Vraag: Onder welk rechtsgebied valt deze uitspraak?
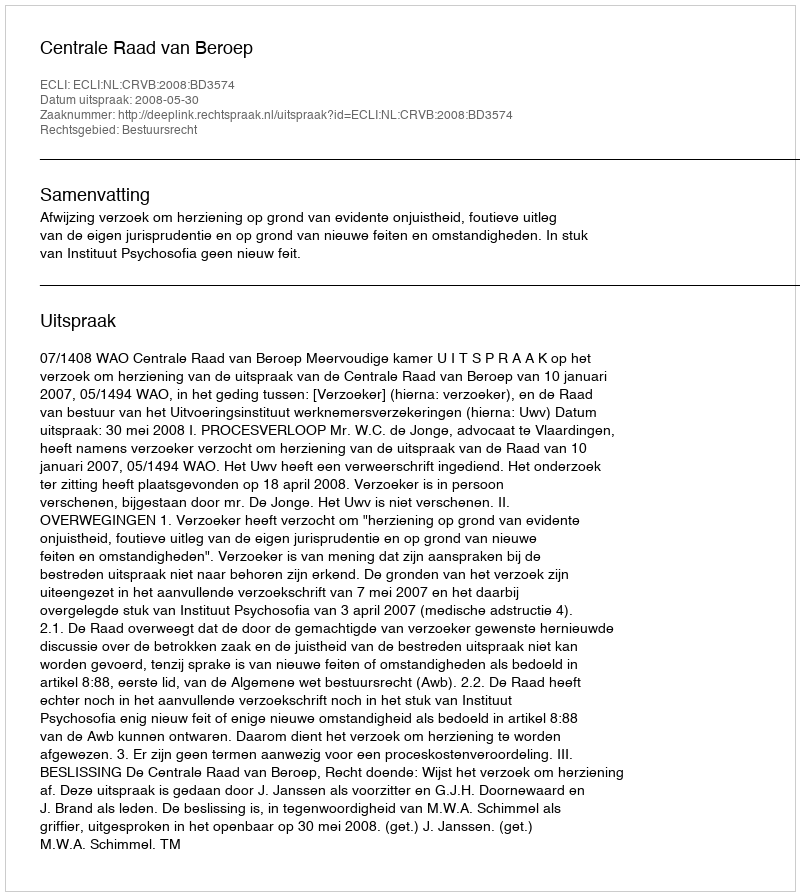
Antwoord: Bestuursrecht